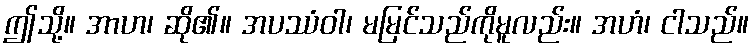
ဤသို့။ အာဟ၊ ဆို၏။ အပဿံဝါ၊ မမြင်သည်ကိုမူလည်း။ အဟံ၊ ငါသည်။